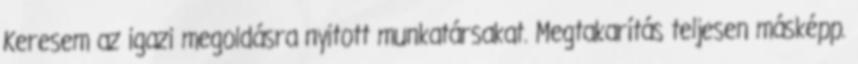
Keresem az igazi megoldásra nyitott munkatársakat. Megtakarítás teljesen másképp.